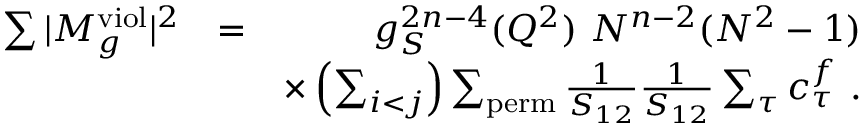
\begin{array} { r l r } { \sum \vert M _ { g } ^ { \mathrm { v i o l } } \vert ^ { 2 } } & { = } & { g _ { S } ^ { 2 n - 4 } ( Q ^ { 2 } ) ~ N ^ { n - 2 } ( N ^ { 2 } - 1 ) } \\ & { } & { \times \left( \sum _ { i < j } \right) \sum _ { \mathrm { p e r m } } \frac { 1 } { S _ { 1 2 } } \frac { 1 } { S _ { 1 2 } } \sum _ { \tau } c _ { \tau } ^ { f } ~ . } \end{array}